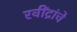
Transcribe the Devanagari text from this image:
रवींद्रांचे